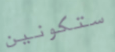
ستكونين